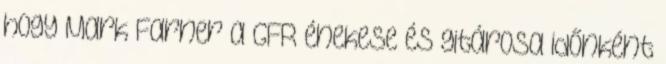
hogy Mark Farner a GFR énekese és gitárosa időnként